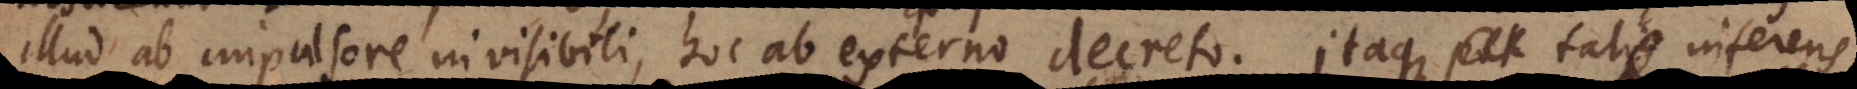
illud ab impulsore invisibili, hoc ab externo decreto. Itaque tale inferens